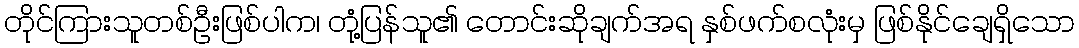
တိုင်ကြားသူတစ်ဦးဖြစ်ပါက၊ တုံ့ပြန်သူ၏ တောင်းဆိုချက်အရ နှစ်ဖက်စလုံးမှ ဖြစ်နိုင်ချေရှိသော